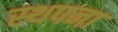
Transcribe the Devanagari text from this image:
स्‍थपना